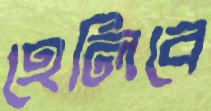
হেলিবে